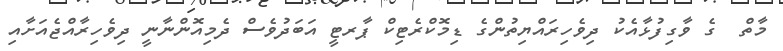
މާތް  ގެ ވާގިފުޅާއެކު ދިވެހިރައްޔިތުންގެ ޑިމޮކްރެޓިކް ޕާރޓީ އަބަދުވެސް ދެމިއޮންނާނީ ދިވެހިރާއްޖެއަށާއި